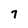
Character: 7